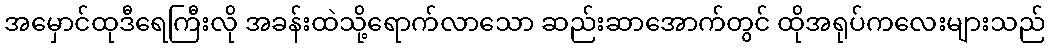
အမှောင်ထုဒီရေကြီးလို အခန်းထဲသို့ရောက်လာသော ဆည်းဆာအောက်တွင် ထိုအရုပ်ကလေးများသည်